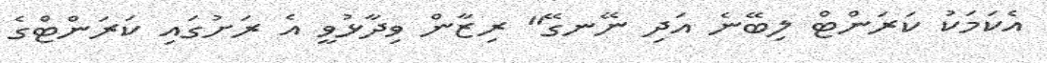
އެކަމަކު ކަރަންޓް ލިބޭނެ އަދި ނޭނގޭ" ރިޒާން ވިދާޅުވީ އެ ރަށުގައި ކަރަންޓްގެ